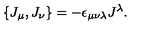
\{ J _ { \mu } , J _ { \nu } \} = - \epsilon _ { \mu \nu \lambda } J ^ { \lambda } .